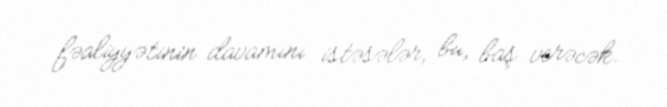
fəaliyyətinin davamını istəsələr, bu, baş verəcək.